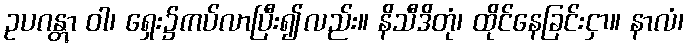
ဥပဂန္တွာ ဝါ၊ ရှေး၌ကပ်လာပြီး၍လည်း။ နိသီဒိတုံ၊ ထိုင်နေခြင်းငှာ။ နာလံ၊